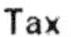
TAX